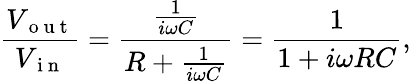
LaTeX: \frac{V_{\mathrm{~o~u~t~}}}{V_{\mathrm{~i~n~}}}=\frac{\frac{1}{i\omega C}}{R+\frac{1}{i\omega C}}=\frac{1}{1+i\omega RC},